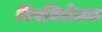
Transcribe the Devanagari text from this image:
विषनिरोधक